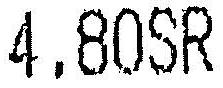
4.80SR